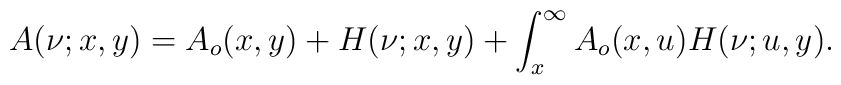
A(\nu;x,y)=A_o(x,y)+H(\nu;x,y)+\int_{x}^{\infty}A_o(x,u)H(\nu;u,y).